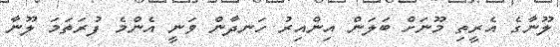
ލޫނާގެ އެރީތި މޫނަށް ބަލަން އިންއިރު ހަނދާން ވަނީ އެންމެ ފުރަތަމަ ލޫނާ